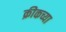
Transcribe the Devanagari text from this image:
क्रीकच्या